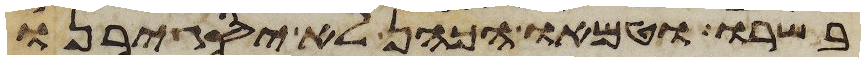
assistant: בשרו וטמאו הכהן לא יסגירנו